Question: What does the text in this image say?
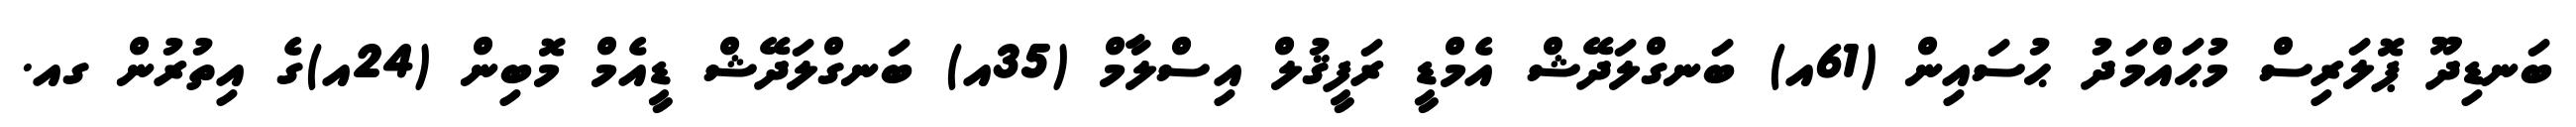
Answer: ބަނޑިދޫ ޕޮލަރިސް މުޙައްމަދު ޙުސައިން (61އ) ބަނގްލަދޭޝް އެމްޑީ ރަފީޤުލް އިސްލާމް (35އ) ބަނގްލަދޭޝް ޑީއެމް މޮބިން (24އ)ގެ އިތުރުން ގއ.